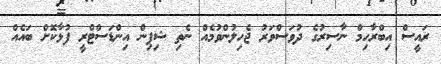
ރައީސް އިބްރާހިމް ނާސިރުގެ ދުވަސްވަރު ޖެހިލުންވުމެއް ނެތި ޝިޕިން އިންޑަސްޓްރީ ފުޅާކޮށް ބައެއް